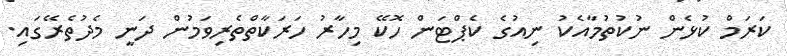
ކަރަމް ކުޅެން ނުކުތުމާއެކު ނިއުގެ ކެޕްޓަން ހޮކޭ މިހާރު ހަރަކާތްތެރިވަމުން ދަނީ މެދުތެރޭގައި.